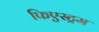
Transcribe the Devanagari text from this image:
फिएस्ट्रम